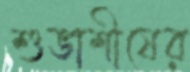
শুভাশীষের